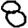
Digit: 8